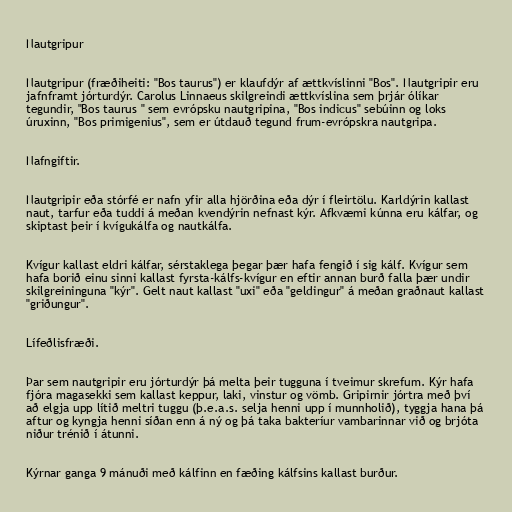
Nautgripur

Nautgripur (fræðiheiti: "Bos taurus") er klaufdýr af ættkvíslinni "Bos". Nautgripir eru
jafnframt jórturdýr. Carolus Linnaeus skilgreindi ættkvíslina sem þrjár ólíkar
tegundir, "Bos taurus " sem evrópsku nautgripina, "Bos indicus" sebúinn og loks
úruxinn, "Bos primigenius", sem er útdauð tegund frum-evrópskra nautgripa.

Nafngiftir.

Nautgripir eða stórfé er nafn yfir alla hjörðina eða dýr í fleirtölu. Karldýrin kallast
naut, tarfur eða tuddi á meðan kvendýrin nefnast kýr. Afkvæmi kúnna eru kálfar, og
skiptast þeir í kvígukálfa og nautkálfa.

Kvígur kallast eldri kálfar, sérstaklega þegar þær hafa fengið í sig kálf. Kvígur sem
hafa borið einu sinni kallast fyrsta-kálfs-kvígur en eftir annan burð falla þær undir
skilgreininguna "kýr". Gelt naut kallast "uxi" eða "geldingur" á meðan graðnaut kallast
"griðungur".

Lífeðlisfræði.

Þar sem nautgripir eru jórturdýr þá melta þeir tugguna í tveimur skrefum. Kýr hafa
fjóra magasekki sem kallast keppur, laki, vinstur og vömb. Gripirnir jórtra með því
að elgja upp lítið meltri tuggu (þ.e.a.s. selja henni upp í munnholið), tyggja hana þá
aftur og kyngja henni síðan enn á ný og þá taka bakteríur vambarinnar við og brjóta
niður trénið í átunni.

Kýrnar ganga 9 mánuði með kálfinn en fæðing kálfsins kallast burður.